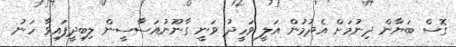
ގޮސް ބަޔާން ދިނުމަށް އެދުމުން އަލީ ވަހީދު ވަނީ ގާނޫނުއަސާސީން ލިބިދީފައިވާ ހަނު